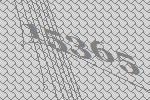
15365